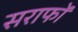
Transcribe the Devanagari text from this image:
सराफों